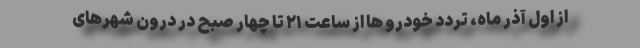
از اول آذر ماه، تردد خودرو ها از ساعت ۲۱ تا چهار صبح در درون شهرهای